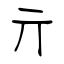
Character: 亓